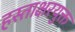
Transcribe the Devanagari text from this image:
हस्ताक्षरयुक्त